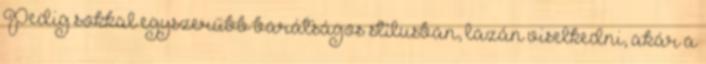
Pedig sokkal egyszerűbb barátságos stílusban, lazán viselkedni, akár a